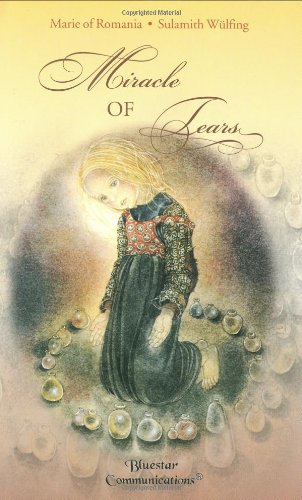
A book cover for Miracle of Tears; Queen of Romania Sulamith Wulfing; Children's Books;